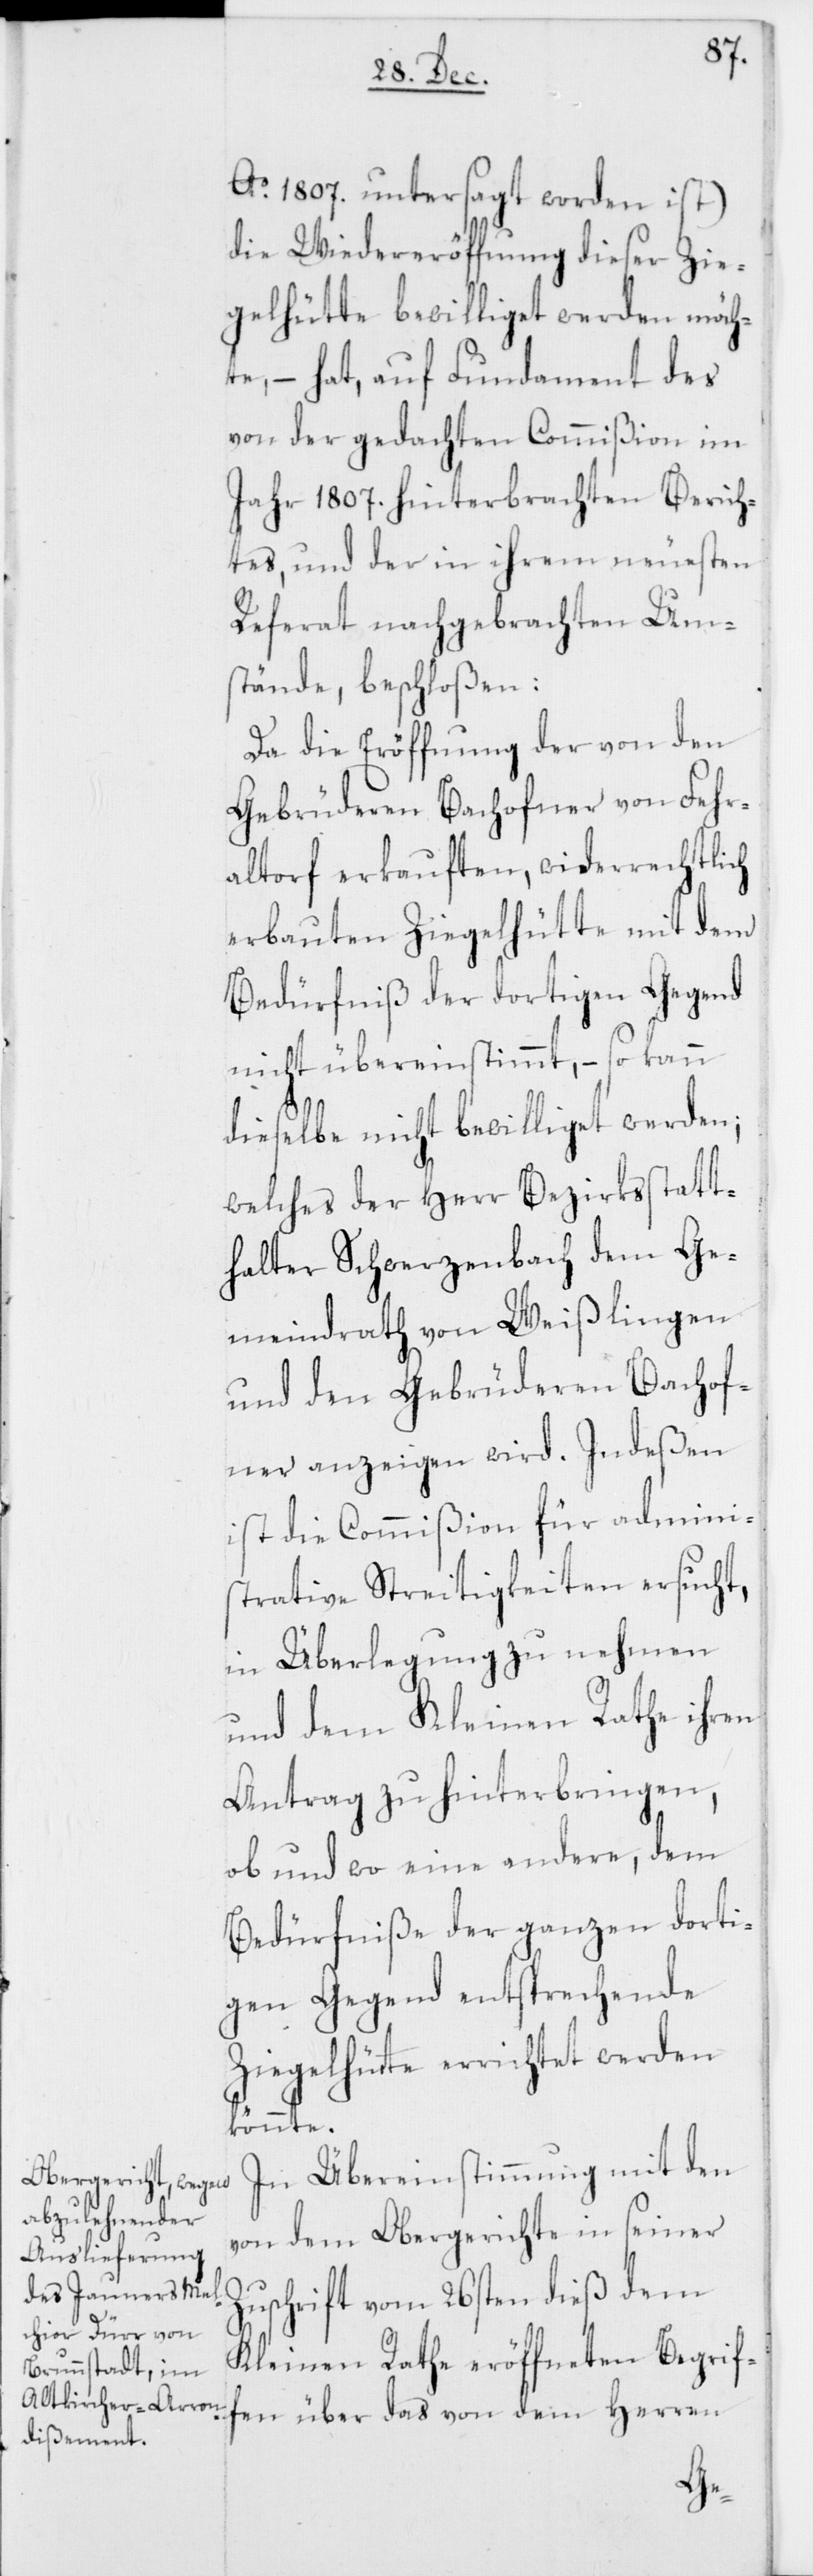
Ao. 1807. untersagt worden ist)
die Wiedereröffnung dieser Zie¬
gelhütte bewilliget werden möch¬
te, – hat, auf Fundament des
von der gedachten Commißion im
Jahr 1807. hinterbrachten Berich¬
tes, und der in ihrem neuesten
Referat nachgebrachten Um¬
stände, beschloßen:
Da die Eröffnung der von den
Gebrüderen Bachofner von Fehr¬
altorf erkauften, widerrechtlich
erbauten Ziegelhütte mit dem
Bedürfniß der dortigen Gegend
nicht übereinstimmt, – so kann
dieselbe nicht bewilliget werden;
welches der Herr Bezirksstatt¬
halter Schwerzenbach dem Ge¬
meindrath von Weißlingen
und den Gebürderen Bachof¬
ner anzeigen wird. Indeßen
ist die Commißion für admini¬
strative Streitigkeiten ersucht,
in Überlegung zu nehmen,
und dem Kleinen Rathe ihren
Antrag zu hinterbringen,
ob und wo eine andere, dem
Bedürfniße der ganzen dorti¬
gen Gegend entsprechende
Ziegelhütte errichtet werden
könnte.
In Übereinstimmung mit den
von dem Obergerichte in seiner
Zuschrift vom 26sten dieß dem
Kleinen Rathe eröffneten Begrif¬
fen über das von dem Herren